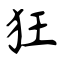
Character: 狂